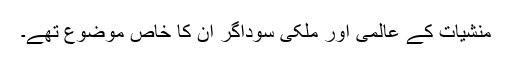
منشیات کے عالمی اور ملکی سوداگر ان کا خاص موضوع تھے۔